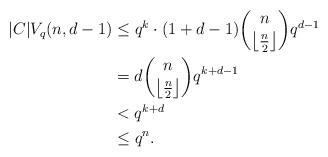
LaTeX: \begin{align*}|C|V_q(n,d-1) & \leq q^k \cdot (1+d-1) \binom{n}{\left\lfloor \frac{n}{2} \right\rfloor} q^{d-1} \\& = d \binom{n}{\left\lfloor \frac{n}{2} \right\rfloor} q^{k+d-1} \\& < q^{k+d} \\& \leq q^{n}.\end{align*}